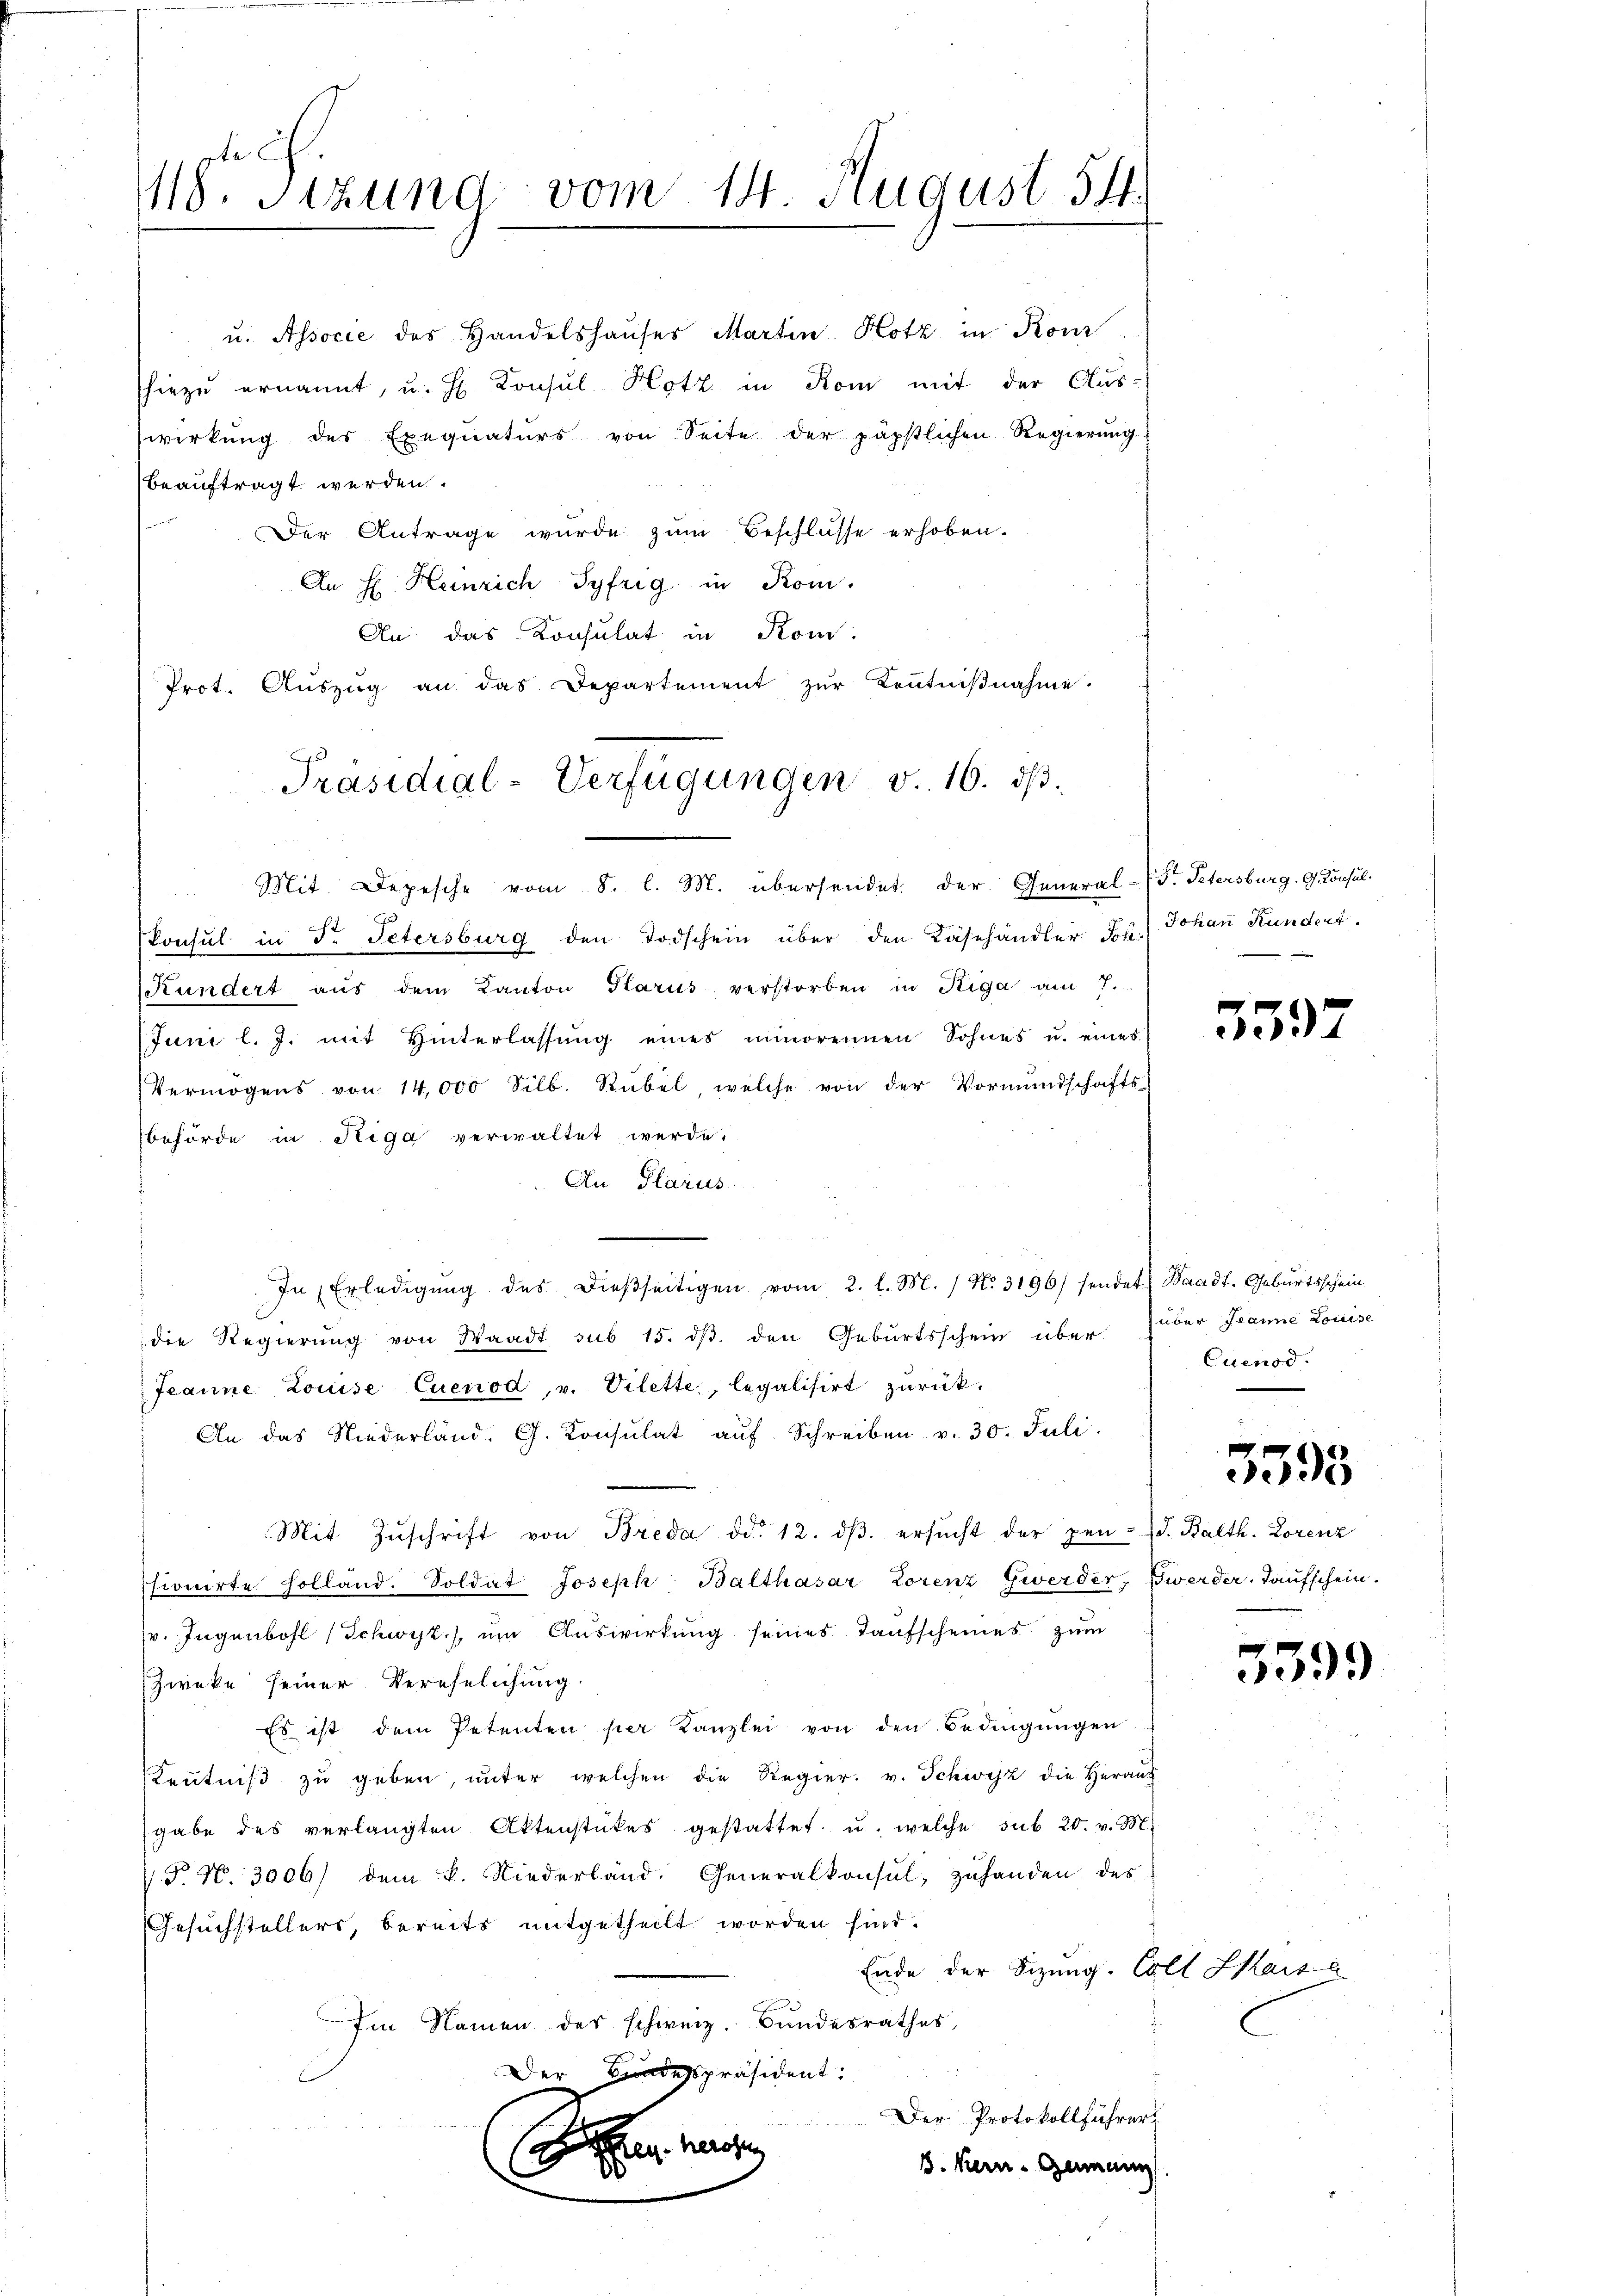
418. Stund vom 14. August 54

e
Der Antrage wurde zum Beschlüsse erhoben.
An H. Heinrich Syfrig in Rom.
An das Konsulat in Kom
Prot. Aŭszŭg an das Departement zŭr Keṅtniβnahme.
Konsul in Fr. Petersburg den Todschein über den Käsehändler. Jos. Johan Kundert.
Kundert aŭs dem Kanton Glarus verstorben in Riga am 7.
(Juni l. J. mit Hinterlassŭng eines minorennen Sohnes u. eines
Vermögens von 14,000 Silb. Rübel, welche von der Vormŭndschafts-
behörde in Riga verwaltet werde.
An Glarus.
In Erledigŭng des dieβseitigen vom 2. l. M. / N. 3196/ sendet. Waadt, Geburtsschein
die Regierung von Waadt sub 15. dβ den Geburtsschein über Juder Tanne Louise
Jeanne Louise Cuenod, v. Vilette, legalisirt zurück.
An das Niederland. G. Konsulat aŭf Schreiben v. 30. Juli.
Mit Zŭschrift von Breda dd. 12. dβ. ersŭcht der pen- (S. Balth. Lorenz
sionirte Holland. Soldat Joseph Balthasar Lorenz Gwerder, werder-Taufschein.
v. Ingenbohl (Schwyz.), um Auswirkung seines Taufscheines zum
Zwecke seiner Verehelichung.
Es ist dem Petenten per Kanzlei von den Bedingŭngen
Keṅtniβ zŭ geben, unter welchen die Regier. v. Schwyz die Herauf
gabe des verlangten Aktenstückes gestattet u. welche sub 20. v. M.
 P. Nr. 3006) dem k. Niederland. Generalkonsul, zuhanden des
Gesuchstellers, bereits mitgetheilt worden sind.
Ende der Sizung. Es
Im Namen des schweiz. Bundesrathes,
Der Bundespräsident:
Der Protokollführer

s. Kern- Genann

u. Associe des Handelshauses Martin Hotz in Kon
hiezu ernannt, u. H. Konsul Hotz in Rom mit der Aus-
wirkung des Exequatŭrs von Seite der päpstlichen Regierŭng
beauftragt werden.

Präsidial-Verfügungen v. 16. dβ.
Mit Depesche vom 8. l. M. übersendet. der General-Pr. Petersburg. G. Konsul

5597

Cuenod.

e
3095

5399

el Kaise